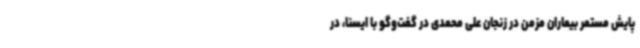
پایش مستمر بیماران مزمن در زنجان علی محمدی در گفت‌وگو با ایسنا، در